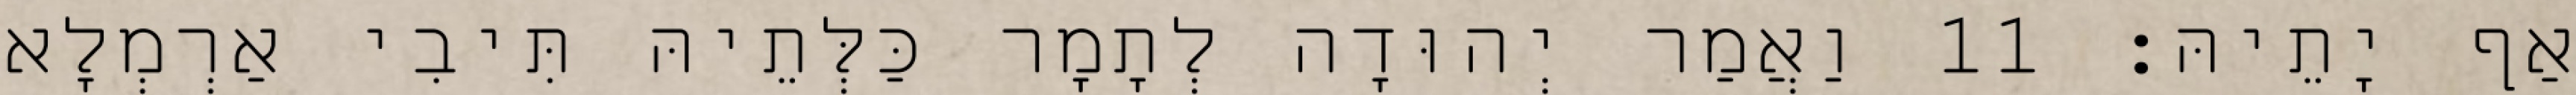
אַף יָתֵיהּ׃ 11 וַאֲמַר יְהוּדָה לְתָמָר כַּלְּתֵיהּ תִּיבִי אַרְמְלָא